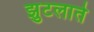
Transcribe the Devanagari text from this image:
झुटलाते